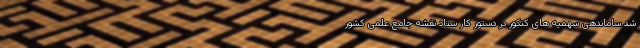
شد.ساماندهی سهمیه‌ های کنکور در دستور کار ستاد نقشه جامع علمی کشور